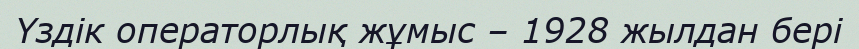
Үздік операторлық жұмыс – 1928 жылдан бері